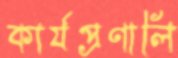
কার্যপ্রণালি